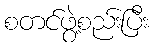
စတင်ဖွဲ့စည်းပြီး